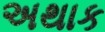
અથાક